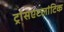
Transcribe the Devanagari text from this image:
ट्रांसएटलांटिक